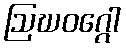
ဩဃဝဂ္ဂေါ